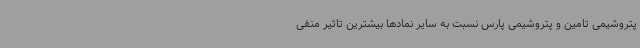
پتروشیمی تامین و پتروشیمی پارس نسبت به سایر نمادها بیشترین تاثیر منفی